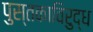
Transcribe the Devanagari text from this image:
पुस्तकाविरुद्ध